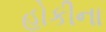
હોકીના